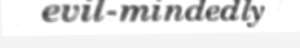
evil-mindedly